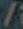
/